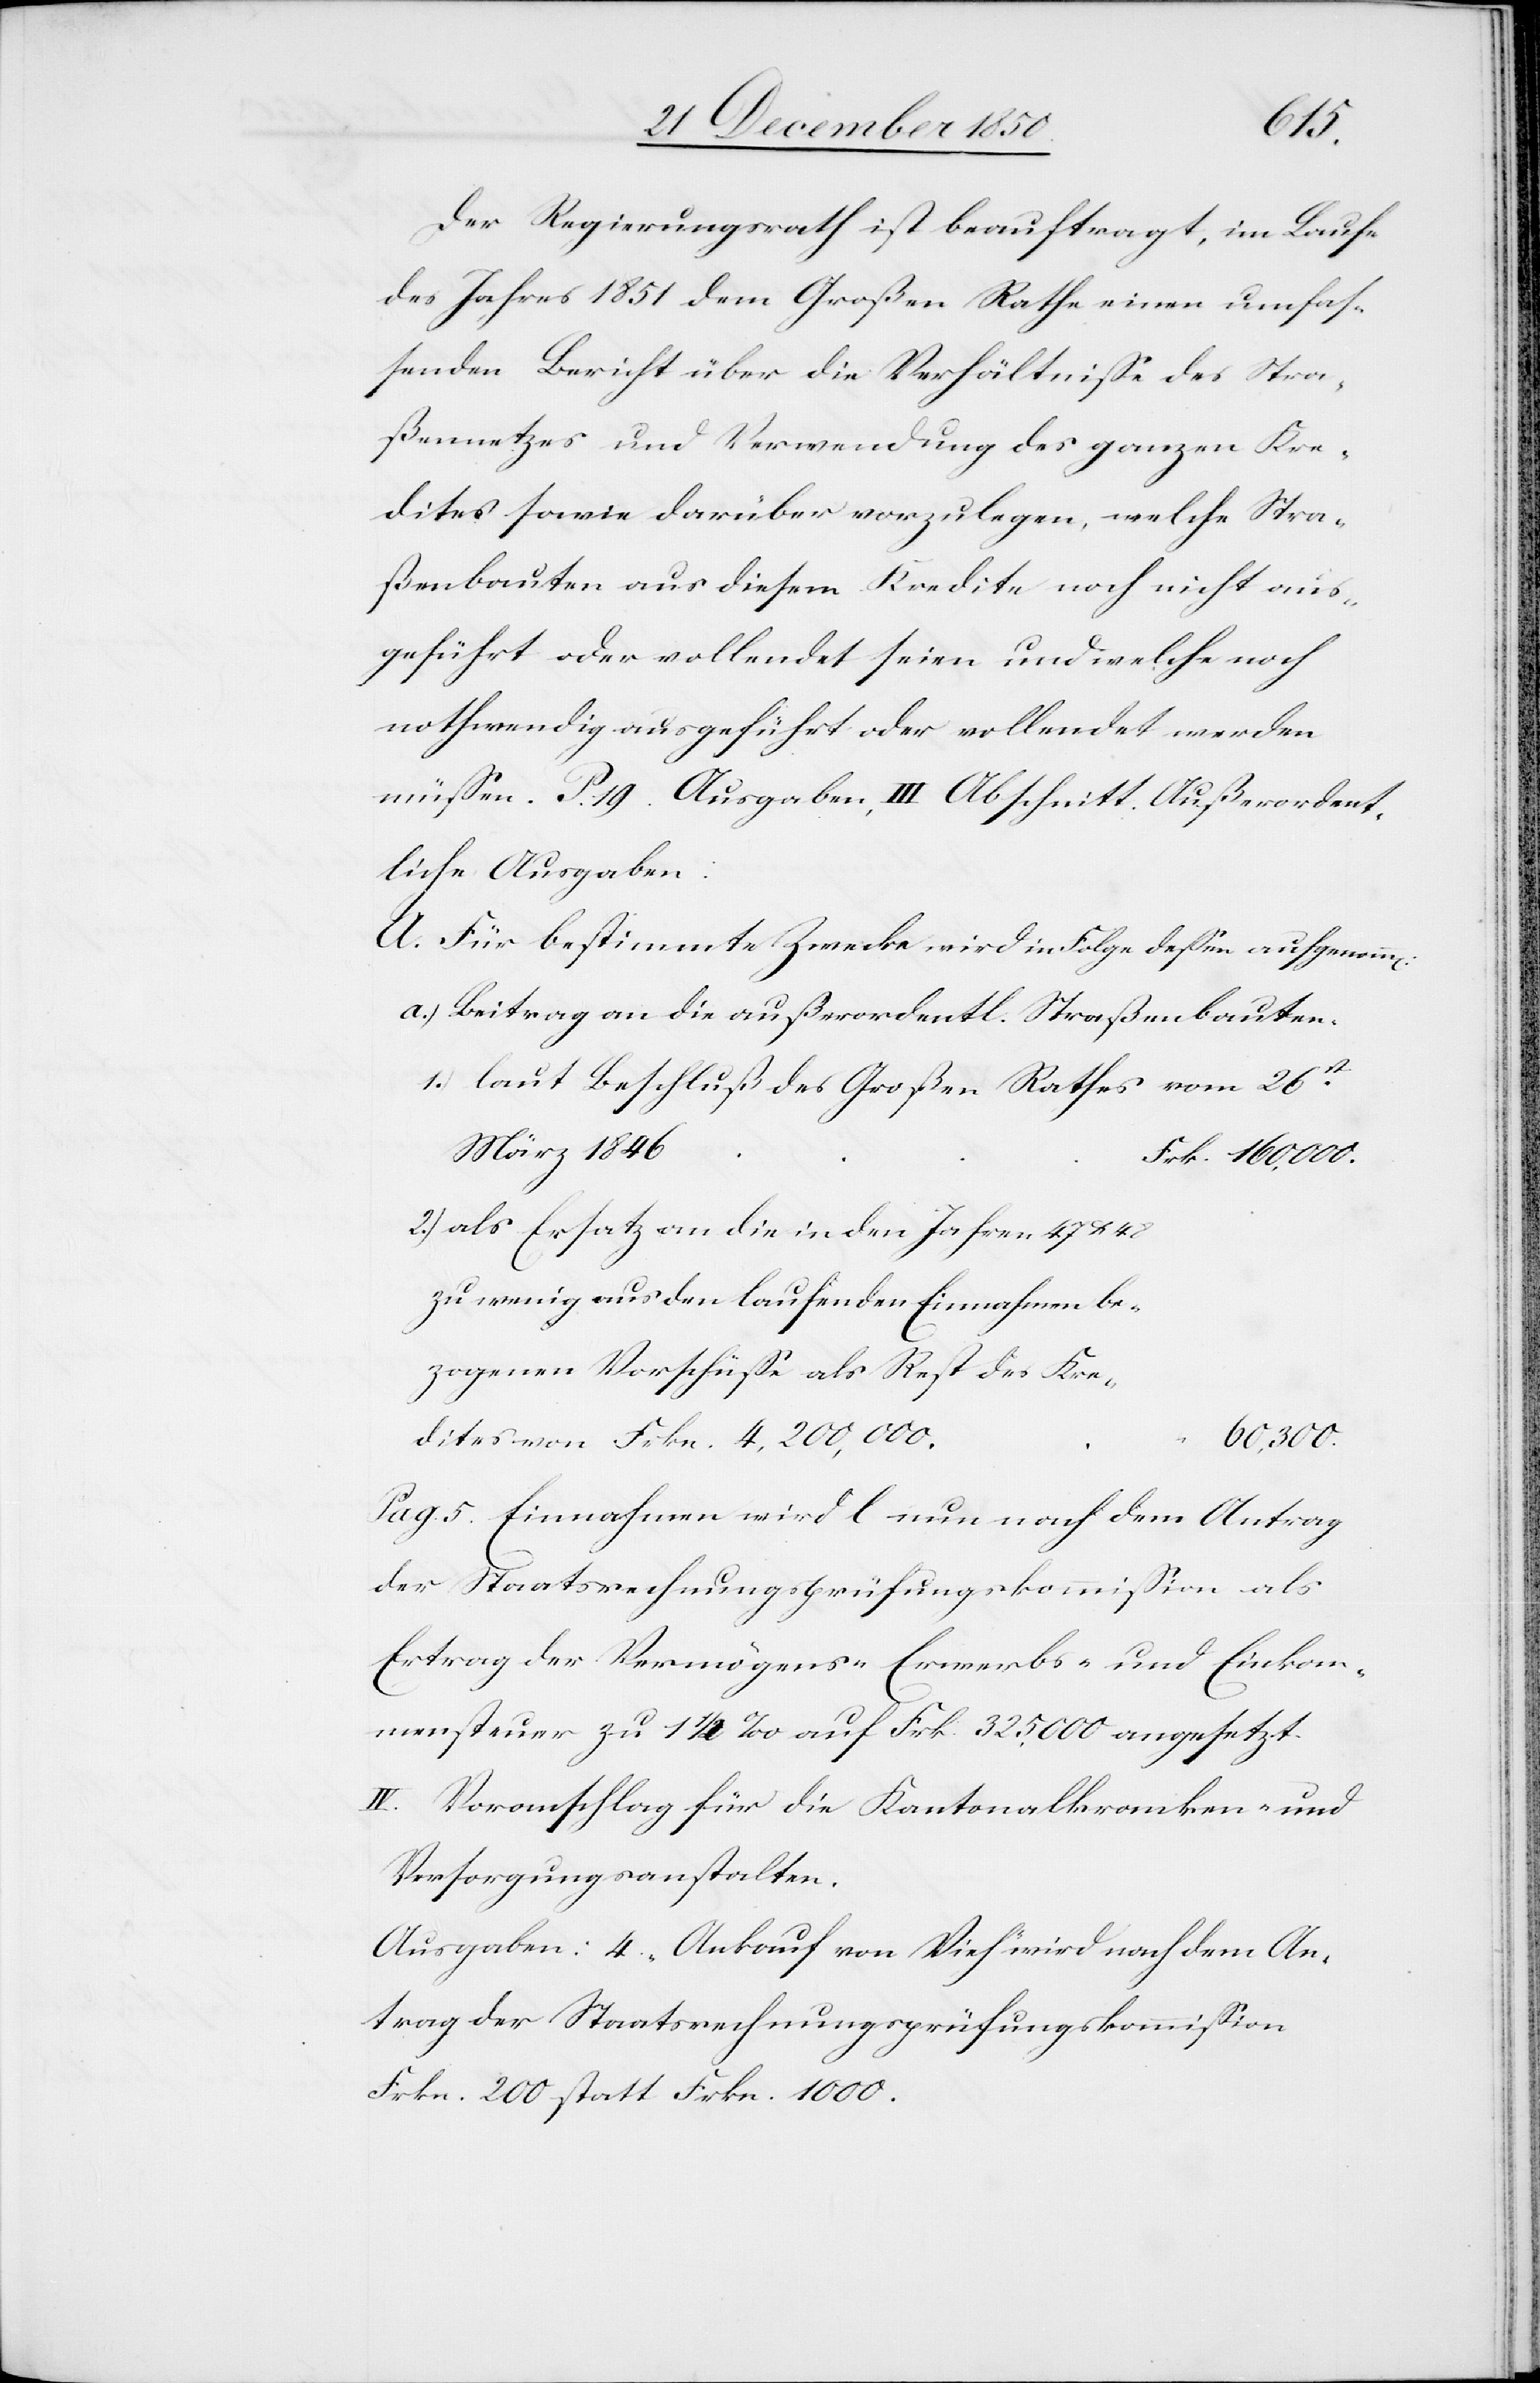
dites
Der Regierungsrath ist beauftragt, im Laufe
des Jahres 1851 dem Großen Rathe einen umfas¬
senden Bericht über die Verhältnisse des Stra¬
ßennetzes und Verwendung des ganzen Kre¬
dites sowie darüber vorzulegen, welche Stra¬
ßenbauten aus diesem Kredite noch nicht aus¬
geführt oder vollendet seien und welche noch
nothwendig ausgeführt oder vollendet werden
müssen. P. 19. Ausgaben, III Abschnitt. Außerordent¬
liche Ausgaben:
A. Für bestimmte Zwecke wird in Folge dessen aufgenom¬
a.) Beitrag an die außerordentl. Straßenbauten.
1.) laut Beschluß des Großen Rathes vom 26st
2.) als Ersatz an die in den Jahren 47 u.
zu wenig aus den laufenden 	Einnahmen be¬
zogenen Vorschüsse als Rest des Kre¬
60,300.
Pag. 5. Einnahmen wird l nun nach dem Antrag
der Staatsrechnungsprüfungskommission als
Ertrag der Vermögens-[,] Erwerbs- und Einkom¬
menssteuer zu 1 1/2 ‰ auf Frk. 325,000 angesetzt.
IV. Voranschlag für die Kantonalkranken- und
Versorgungsanstalten.
Ausgaben: 4. „Ankauf von Vieh“ wird nach dem An¬
trag der Staatsrechnungsprüfungskommission
Frkn. 200 statt Frkn. 1000.